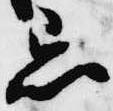
忌